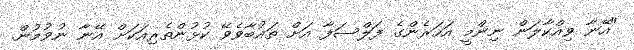
"އޭނާ ވިއްކާލަން ނިންމީ އަހަރެންގެ ފަލްސަފާ އަށް ތައުބާވެވޭ ކުޅުންތެރިއަކަށް އޭނާ ނުވުމުން.